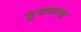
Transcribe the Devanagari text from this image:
सुनावल्या